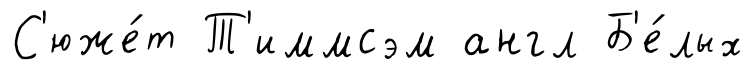
С'юже́т Т'иммсэм англ Б'е́лых